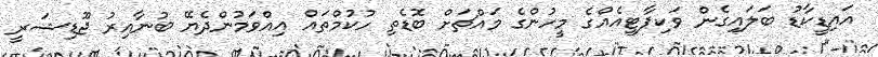
އައިޑީކާޑު ބަލައިގެން ވަކިޕާޓީއެއްގެ މީހުންގެ މައްޗަށް ބޮޑެތި ހުކުމްތައް އިއްވަމުންދެޔޭ ބުނާއިރު ޖޫޑިޝަރީ